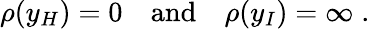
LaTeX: \rho(y_{H})=0\quad\textrm{and}\quad\rho(y_{I})=\infty\; .